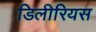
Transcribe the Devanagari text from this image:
डिलीरियस